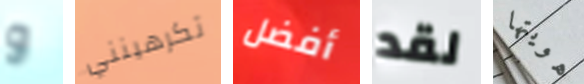
و تكرهينني أفضل لقد هويتها